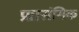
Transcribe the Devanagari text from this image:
प्र्रासंगिक